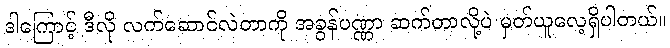
ဒါကြောင့် ဒီလို လက်ဆောင်လဲတာကို အခွန်ပဏ္ဏာ ဆက်တာလို့ပဲ မှတ်ယူလေ့ရှိပါတယ်။